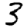
Digit: 3